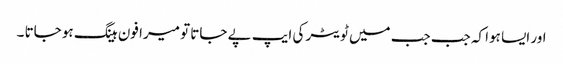
اور ایسا ہوا کہ جب جب میں ٹویٹر کی ایپ پے جاتا تو میرا فون ہینگ ہو جاتا ۔